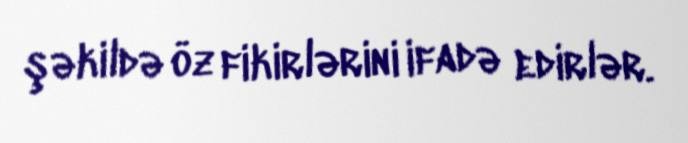
şəkildə öz fikirlərini ifadə edirlər.